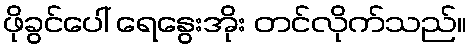
ဖိုခွင်ပေါ် ရေနွေးအိုး တင်လိုက်သည်။